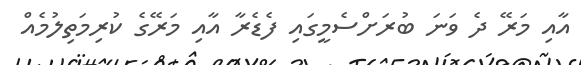
އާއި މަރޭ ދެ ވަނަ ބުރަށްސެމީގައި ފެޑެރާ އާއި މަރޭގެ ކުރިމަތިލުމެއް